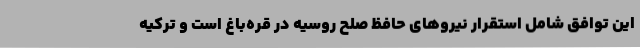
این توافق شامل استقرار نیروهای حافظ صلح روسیه در قره‌باغ است و ترکیه